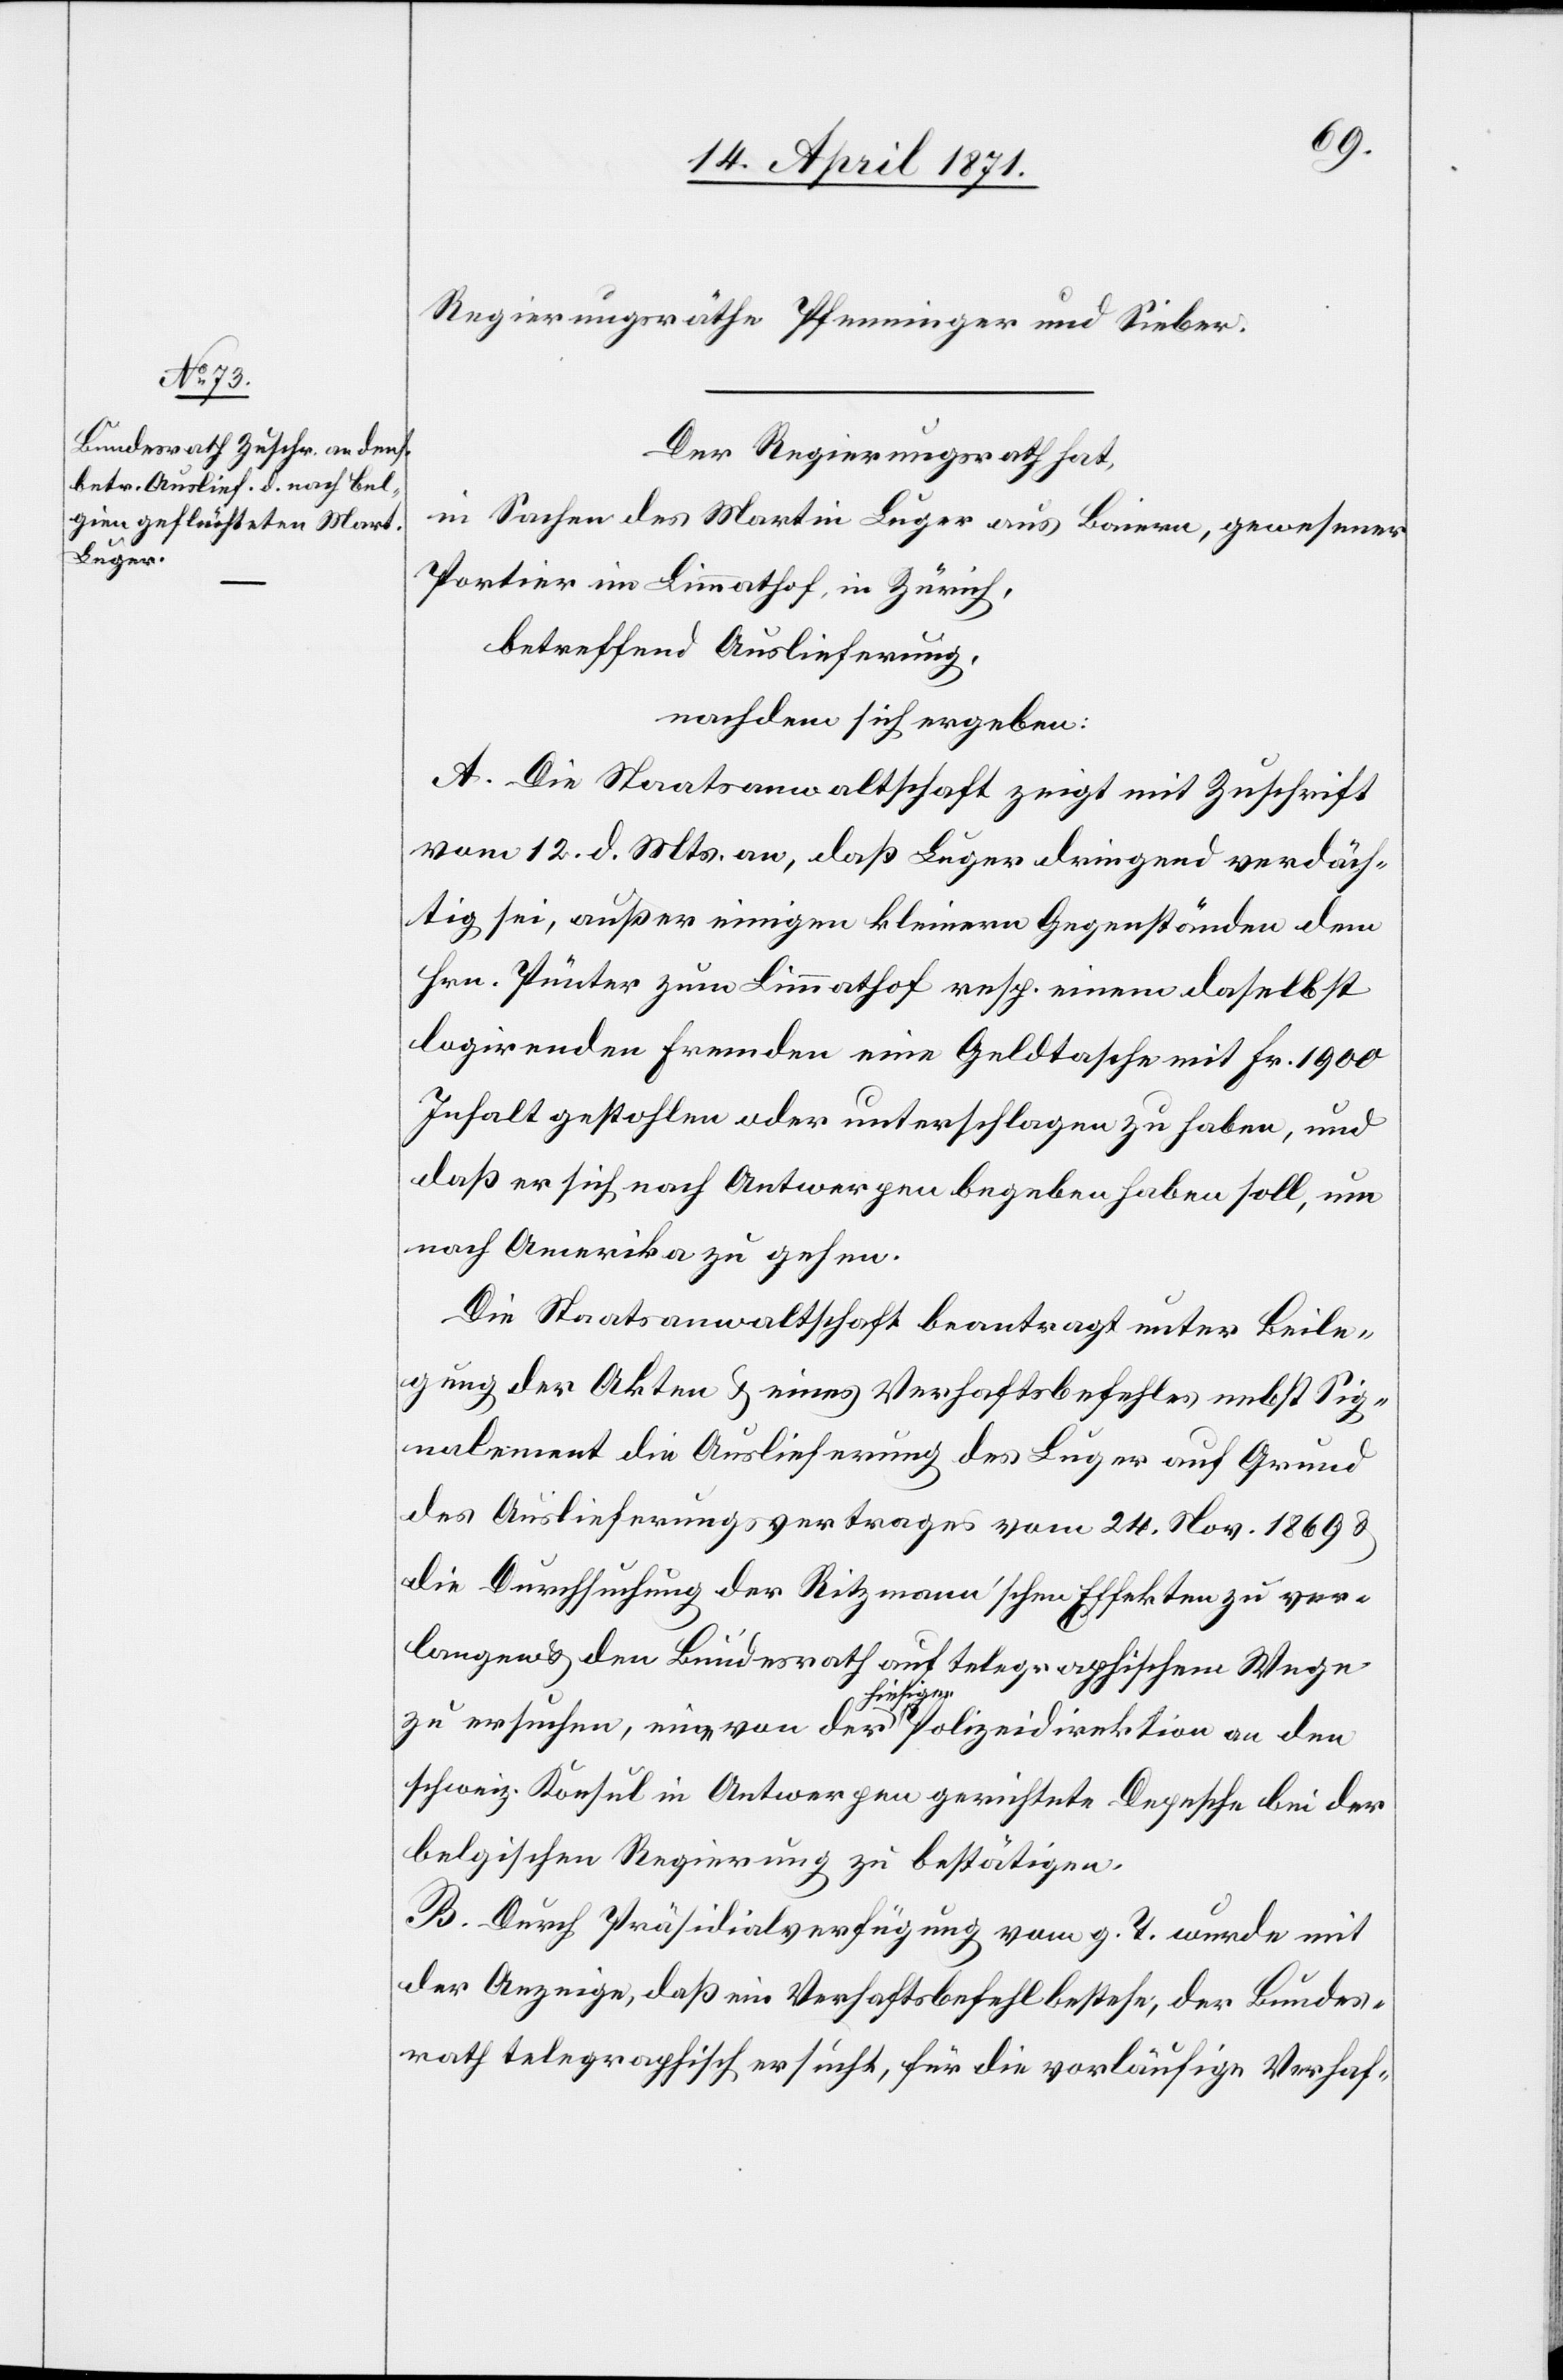
Regierungsräthe Pfenninger und Sieber.
Der Regierungsrath hat,
in Sachen des Martin Luger aus Baiern, gewesener
Portier im Limmathof, in Zürich,
betreffend Auslieferung,
nachdem sich ergeben:
A. Die Staatsanwaltschaft zeigt mit Zuschrift
vom 12. d. Mts. an, daß Luger dringend verdäch¬
tig sei, außer einigen kleinen Gegenständen den
Hrn. Punter zum Limmathof resp. einem daselbst
logirenden Fremden eine Geldtasche mit Fr. 1900
Inhalt gestohlen oder unterschlagen zu haben, und
daß er sich nach Antwerpen begeben haben soll, um
nach Amerika zu gehen.
Die Staatsanwaltschaft beantragt unter Beile¬
gung der Akten u. eines Verhaftsbefehles nebst Sig¬
nalement die Auslieferung des Luger auf Grund
des Auslieferungsvertrages vom 24. Nov. 1869 u.
die Durchsuchung der Ritzmann’schen Effekten zu ver¬
langen u. den Bundesrath auf telegraphischem Wege
zu ersuchen, eine von der hiesigen Polizeidirektion an den
schweiz. Konsul in Antwerpen gerichtete Depesche bei der
belgischen Regierung zu bestätigen.
B. Durch Präsidialverfügung vom g. T. wurde mit
der Anzeige, daß ein Verhaftsbefehl bestehe, der Bundes¬
rath telegraphisch ersucht, für die vorläufige Verhaf-